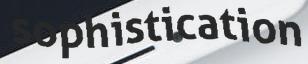
sophistication